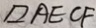
\square A E C F